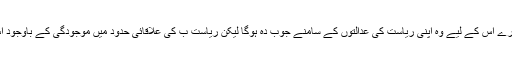
چنانچہ قومیت کے اصول کی رو سے اس پر ریاست الف کے قانون کا اطلاق ہوتا ہے اور وہ جو فعل بھی کرے اس کے لیے وہ اپنی ریاست کی عدالتوں کے سامنے جوب دہ ہوگا لیکن ریاست ب کی علاقائی حدود میں موجودگی کے باوجود اس پر ریاست ب کے قانون کے اطلاق نہیں ہوتا ، نہ ہی وہ ریاست ب کی عدالتوں کے سامنے جوب دہ ہے ۔